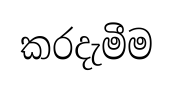
කරදැමීම